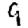
Digit: 9